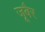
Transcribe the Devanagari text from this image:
जूबैर